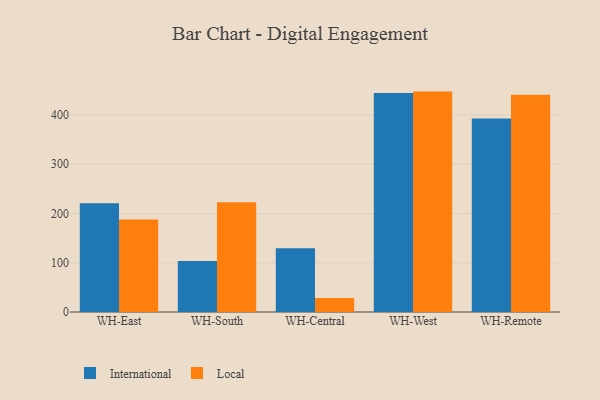
{"axis": {"x": "Warehouse", "y": "Population (Million)"}, "legend": ["International", "Local"], "data": [{"x": "WH-East", "y": 220.8, "type": "International"}, {"x": "WH-East", "y": 187.6, "type": "Local"}, {"x": "WH-South", "y": 103.6, "type": "International"}, {"x": "WH-South", "y": 222.8, "type": "Local"}, {"x": "WH-Central", "y": 129.6, "type": "International"}, {"x": "WH-Central", "y": 28.2, "type": "Local"}, {"x": "WH-West", "y": 444.7, "type": "International"}, {"x": "WH-West", "y": 447.5, "type": "Local"}, {"x": "WH-Remote", "y": 393.1, "type": "International"}, {"x": "WH-Remote", "y": 441.0, "type": "Local"}]}